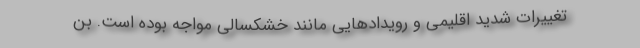
تغییرات شدید اقلیمی و رویدادهایی مانند خشکسالی مواجه بوده است. بن